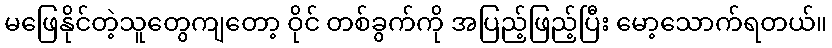
မဖြေနိုင်တဲ့သူတွေကျတော့ ဝိုင် တစ်ခွက်ကို အပြည့်ဖြည့်ပြီး မော့သောက်ရတယ်။